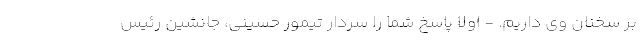
بر سخنان وی داریم. - اولاً پاسخ شما را سردار تیمور حسینی، جانشین رئیس